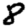
Digit: 8